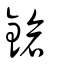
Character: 鎗